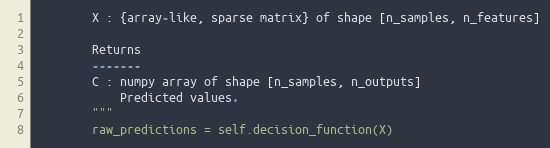
Language: Python
        X : {array-like, sparse matrix} of shape [n_samples, n_features]

        Returns
        -------
        C : numpy array of shape [n_samples, n_outputs]
            Predicted values.
        """
        raw_predictions = self.decision_function(X)